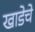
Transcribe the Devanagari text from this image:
खाडेचे